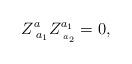
LaTeX: \begin{align*}Z_{\;a_1}^aZ_{\;_{a_2}}^{a_1}=0,\end{align*}